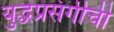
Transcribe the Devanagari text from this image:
युद्धप्रसंगीची